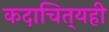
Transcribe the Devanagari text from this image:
कदाचित्‌यही